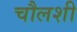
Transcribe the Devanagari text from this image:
चौलशी